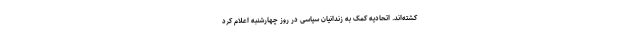
کشته‌اند. اتحادیه کمک به زندانیان سیاسی در روز چهارشنبه اعلام کرد